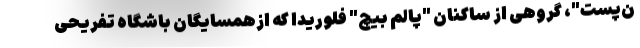
ن‌پست"، گروهی از ساکنان "پالم بیچ" فلوریدا که ازهمسایگان باشگاه تفریحی